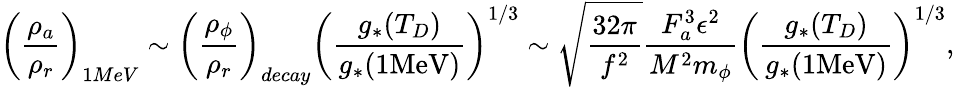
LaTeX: \left(\frac{\rho_{a}}{\rho_{r}}\right)_{1MeV}\sim\left(\frac{\rho_{\phi}}{\rho_{r}}\right)_{decay}\left(\frac{g_{*}(T_{D})}{g_{*}(1\mathrm{MeV})}\right)^{1/3}\sim\sqrt{\frac{32\pi}{f^{2}}}\frac{F_{a}^{3}\epsilon^{2}}{M^{2}m_{\phi}}\left(\frac{g_{*}(T_{D})}{g_{*}(1\mathrm{MeV})}\right)^{1/3},